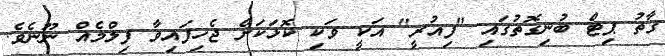
ގާތު ޕިޓް ބުނިގޮތުގައި "ފިއުރީ" އަކީ ވަކި ކޮޅަކަށް ޖެހިފައިވާ ފިލްމެއް ނޫނެވެ.